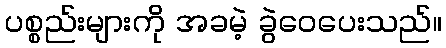
ပစ္စည်းများကို အခမဲ့ ခွဲဝေပေးသည်။